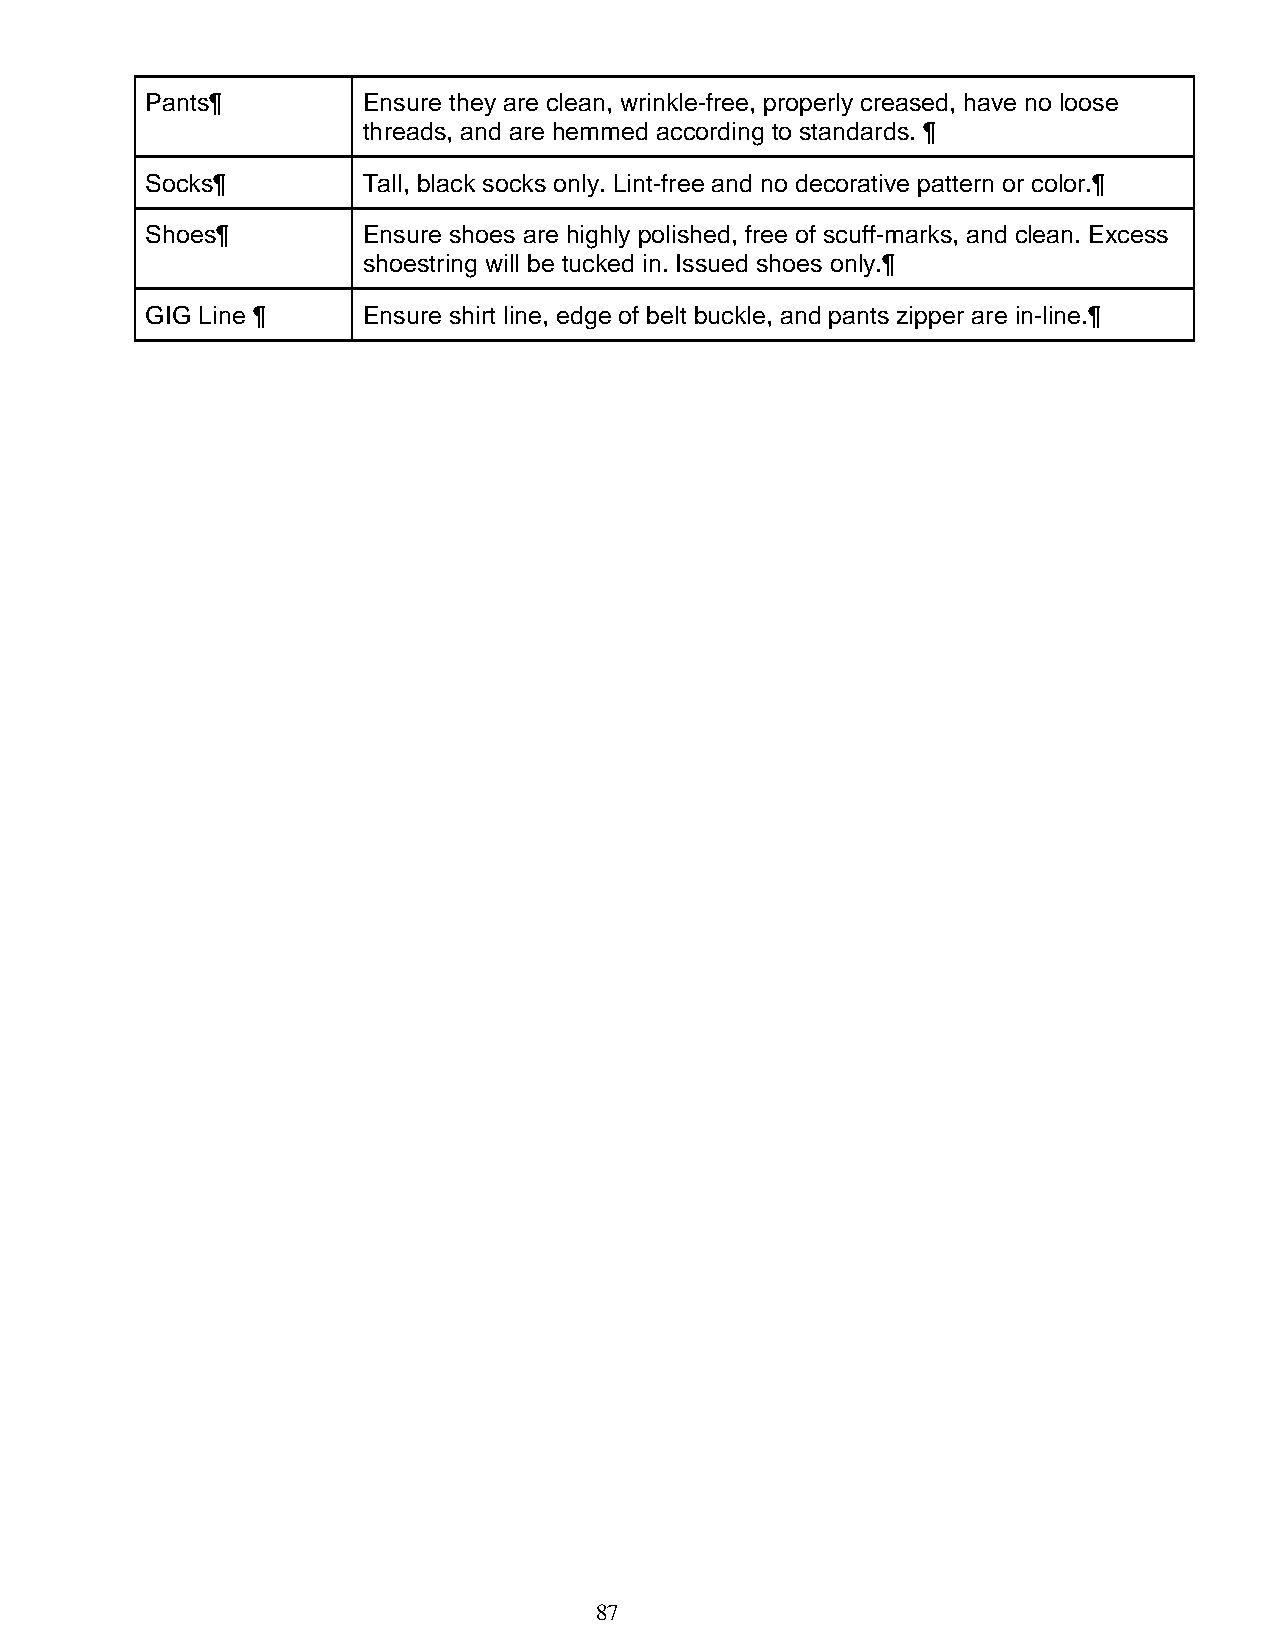
Pants¶        Ensure they are clean, wrinkle-free, properly creased, have no loose
 threads, and are hemmed according to standards. ¶
 Socks¶        Tall, black socks only. Lint-free and no decorative pattern or color.¶
 Shoes¶        Ensure shoes are highly polished, free of scuff-marks, and clean. Excess
 shoestring will be tucked in. Issued shoes only.¶
 GIG Line ¶    Ensure shirt line, edge of belt buckle, and pants zipper are in-line.¶
 87